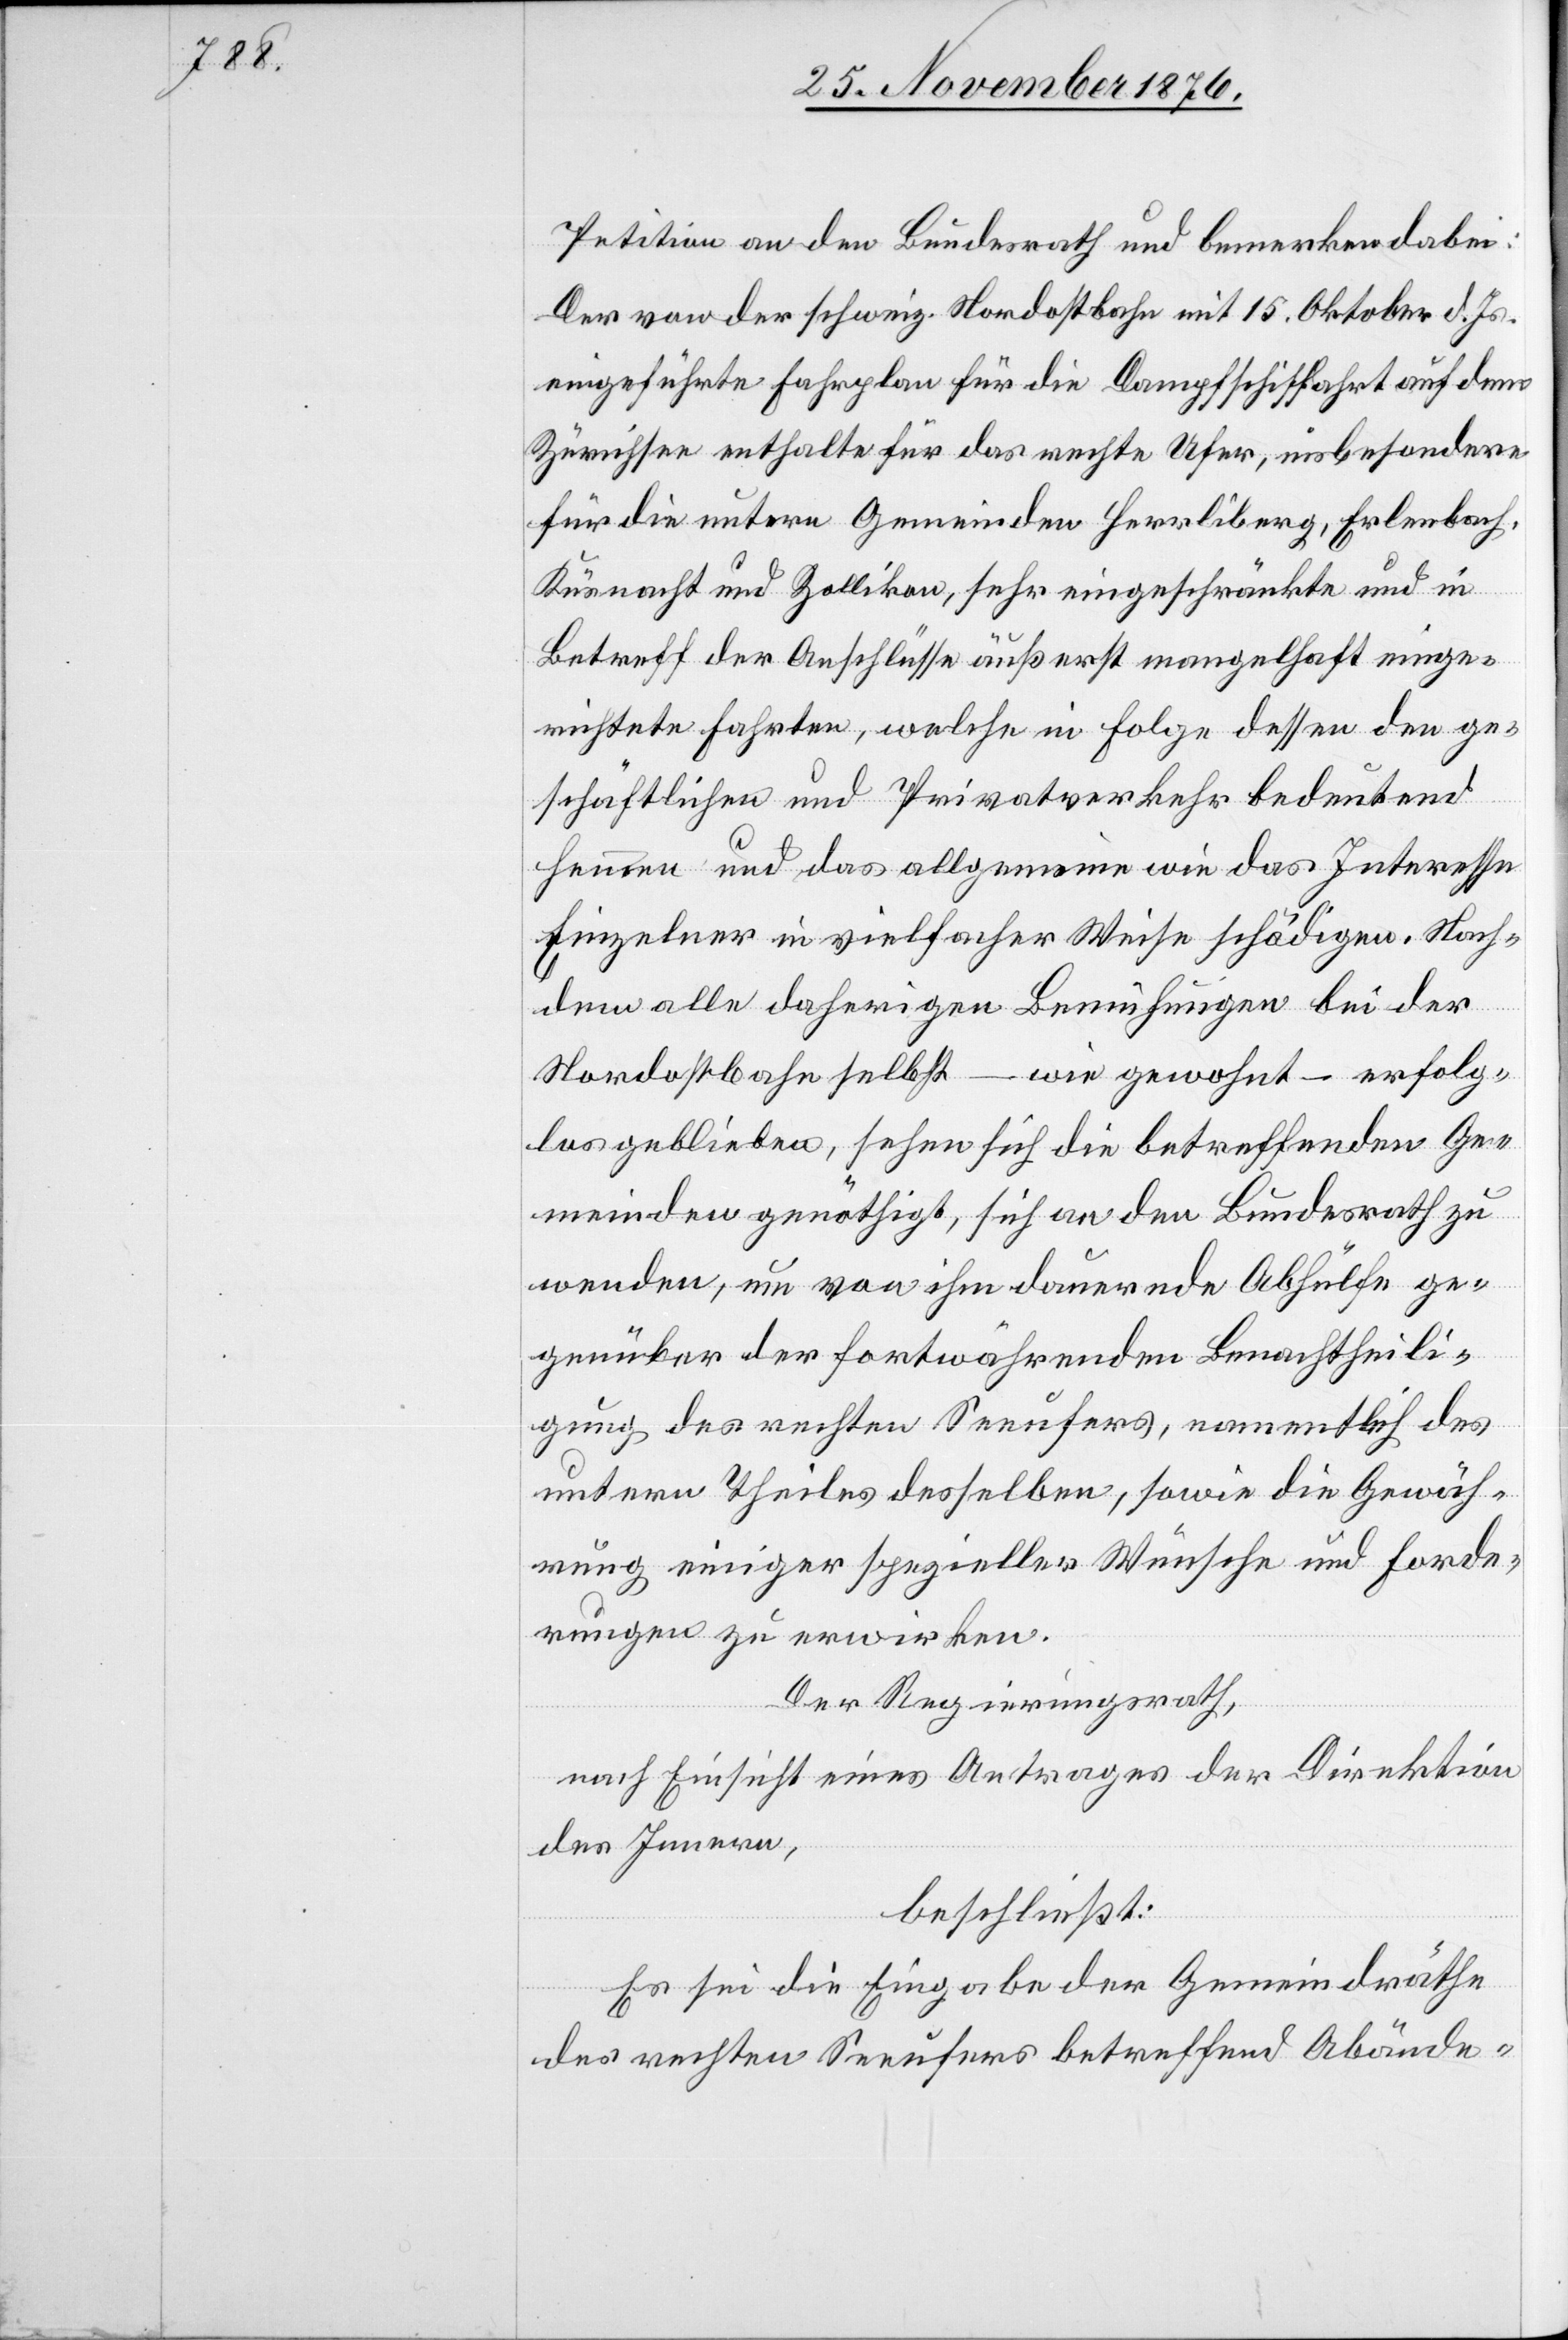
Petition an den Bundesrath und bemerken dabei:
Der von der schweiz. Nordostbahn mit 15. Oktober d. Js.
eingeführte Fahrplan für die Dampfschiffahrt auf dem
Zürichsee enthalte für das rechte Ufer, insbesondere
für die untern Gemeinden Herrliberg, Erlenbach,
Küsnacht und Zollikon, sehr eingeschränkte und in
Betreff der Anschlüsse äußerst mangelhaft einge¬
richtete Fahrten, welche in Folge dessen den ge¬
schäftlichen und Privatverkehr bedeutend
hemmen und das allgemeine wie das Interesse
Einzelner in vielfacher Weise schädigen. Nach¬
dem alle daherigen Bemühungen bei der
Nordostbahn selbst – wie gewohnt – erfolg¬
los geblieben, sehen sich die betreffenden Ge¬
meinden genöthigt, sich an den Bundesrath zu
wenden, um von ihm dauernde Abhülfe ge¬
genüber der fortwährenden Benachtheili¬
gung des rechten Seeufers, namentlich des
untern Theiles desselben, sowie die Gewäh¬
rung einiger spezieller Wünsche und Forde¬
rungen zu erwirken.
Der Regierungsrath,
nach Einsicht eines Antrages der Direktion
des Innern,
beschließt:
Es sei die Eingabe der Gemeindräthe
des rechten Seeufers betreffend Abände-